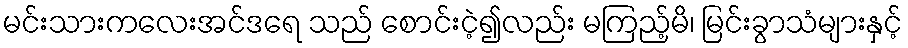
မင်းသားကလေးအင်ဒရေ သည် စောင်းငဲ့၍လည်း မကြည့်မိ၊ မြင်းခွာသံများနှင့်